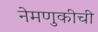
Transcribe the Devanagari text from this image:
नेमणुकीची